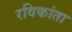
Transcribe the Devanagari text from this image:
रविकांता